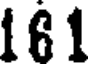
161